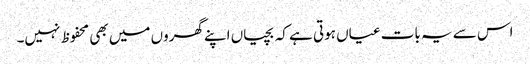
اس سے یہ بات عیاں ہوتی ہے کہ بچیاں اپنے گھروں میں بھی محفوظ نہیں۔